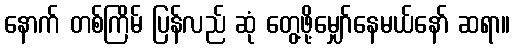
နောက် တစ်ကြိမ် ပြန်လည် ဆုံ တွေ့ဖို့မျှော်နေမယ်နော် ဆရာ။